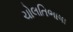
ચોલતિભાષા